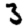
Digit: 3